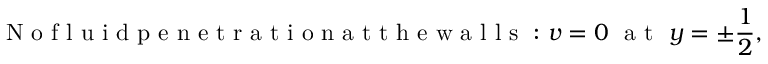
\mathrm { ~ N ~ o ~ f ~ l ~ u ~ i ~ d ~ p ~ e ~ n ~ e ~ t ~ r ~ a ~ t ~ i ~ o ~ n ~ a ~ t ~ t ~ h ~ e ~ w ~ a ~ l ~ l ~ s ~ : ~ } v = 0 ~ \mathrm { ~ a ~ t ~ } ~ y = \pm \frac { 1 } { 2 } ,